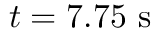
t = 7 . 7 5 ~ \mathrm { s }